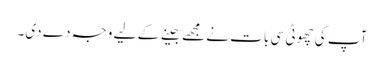
آپ کی چھوٹی سی بات نے مجھے جینے کے لیے وجہ دے دی۔